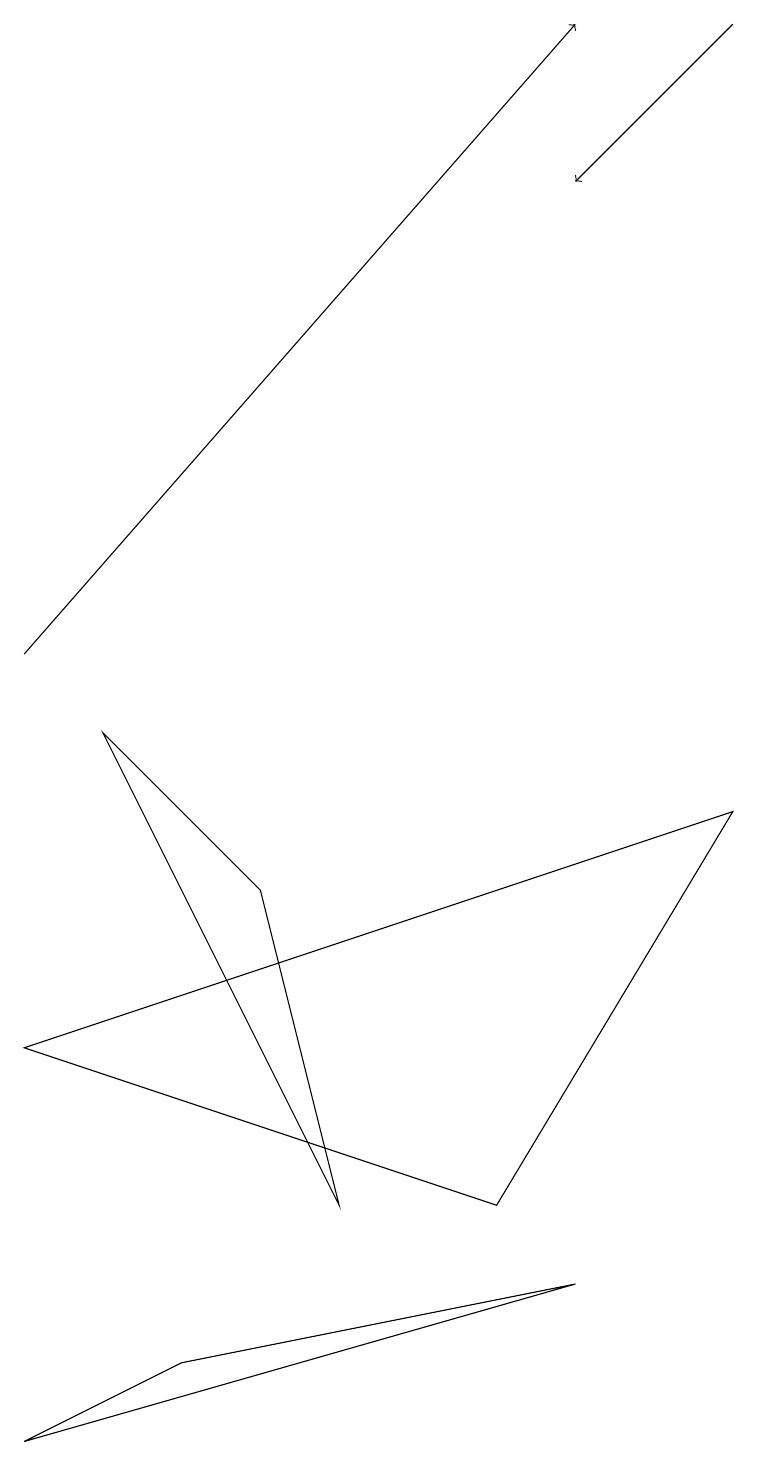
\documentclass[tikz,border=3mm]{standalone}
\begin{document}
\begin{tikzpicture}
\draw (4,3) -- (3,7) -- (1,9) -- cycle;
\draw (9,8) -- (6,3) -- (0,5) -- cycle;
\draw[->] (9,18) -- (7,16);
\draw (7,2) -- (0,0) -- (2,1) -- cycle;
\draw[->] (0,10) -- (7,18);
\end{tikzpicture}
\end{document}